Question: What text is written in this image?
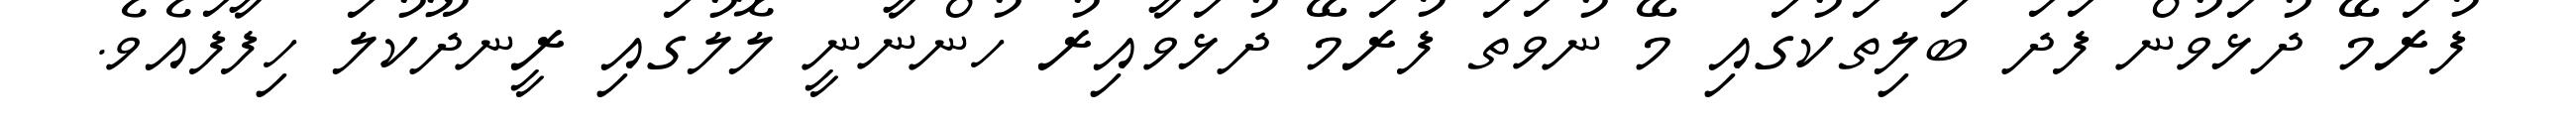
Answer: ފުރަމޭ ދުޅަވުން ފަދަ ބަލިތަކުގައި މޭ ނުވަތަ ފުރަމޭ ދުޅަވާއިރު ހުންނާނީ ލޮލުގައި ރީނދޫކުލަ ހިފާފައެވެ.